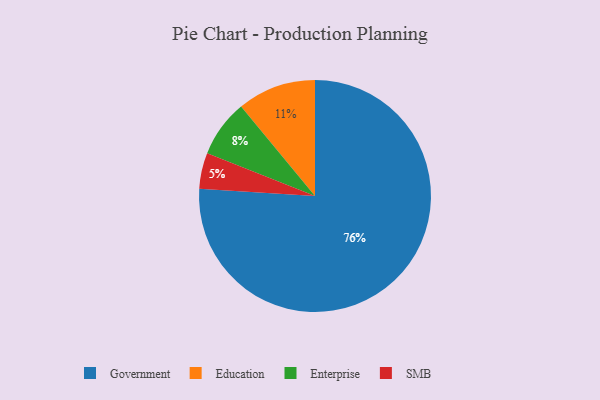
{"axis": {"x": "Category", "y": "Percentage"}, "legend": ["Education", "Enterprise", "Government", "SMB"], "data": [{"x": "Government", "y": 76, "type": "Government"}, {"x": "Enterprise", "y": 8, "type": "Enterprise"}, {"x": "Education", "y": 11, "type": "Education"}, {"x": "SMB", "y": 5, "type": "SMB"}]}